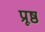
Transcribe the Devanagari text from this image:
प्रूष्ठ